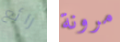
رائع مرونة